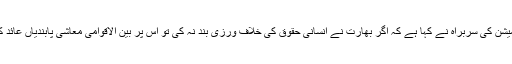
انسانی حقوق کمیشن کی سربراہ نے کہا ہے کہ اگر بھارت نے انسانی حقوق کی خلاف ورزی بند نہ کی تو اُس پر بین الاقوامی معاشی پابندیاں عائد کی جاسکتی ہیں۔